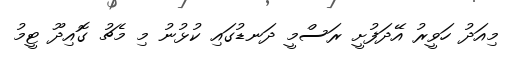
މިއަދު ހަވީރު އޭދަފުށީ ރަސްމީ ދަނޑުގައި ކުޅުނު މި މެޗު ގޮއިދޫ ޓީމު